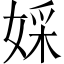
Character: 婇